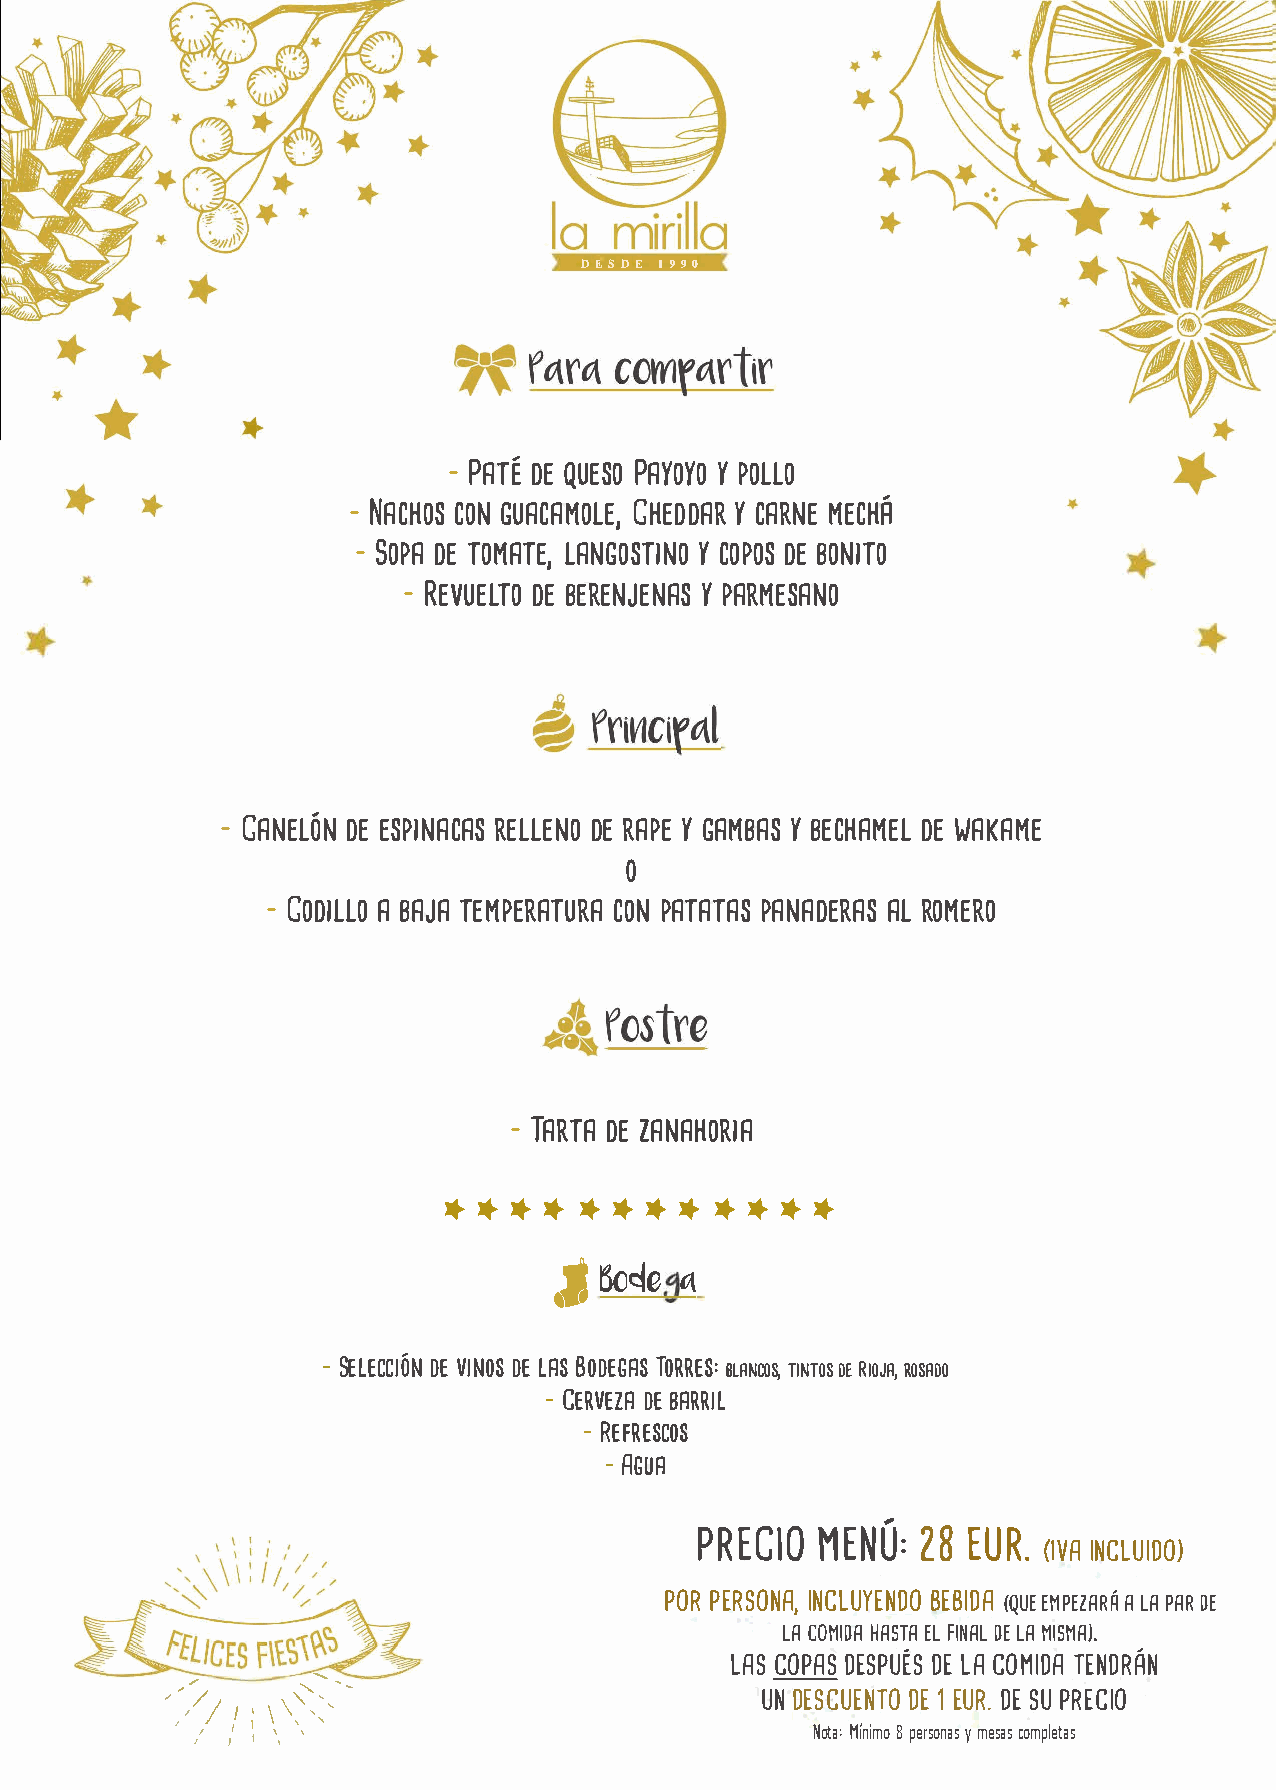
llt.Sllt 19�0
 -PADTEÉQ UEPSAOYY OP YOOL LO
 -NACCHOOGNSU  ACACMHOELDYECD ,AA RRMN EEC HÁ
 -SODPETA O MALTAEN,G  OYCS OTPIDONEBSO O NITO
 -REVTUODE EBL ERENYJP  EANRAMSE SANO
 -CANELEÓSNP     IDRNEEA LCLDAEERSN A YOPG E A MYBBA ESC HDAEWM AEKLA ME
 o
 -CODAIB  LALJOA    TECMOPPNEA RTAAPTTAUANRSAA DA ELRR OAMSE RO
 -TARTZAA    NDAEH  ORIA
 ************
 ,Í
 5o�e
 t\
 -SELDEVECI  CDNILEOÓAB SNDSO E TGOARSR ES:
 BLATNICNODTSERO, IS OR JOAS,A DO
 -CERDVBEEA  ZRAR IL
 -REFRESCOS
 -AGUA
 PREMCNEIÚO:E         U2R8.
 OVAI NCLUIDO)
 PORPE RS,IO NNCALBUEYBE(IQNEUDDMEAAPO RE A LÁZA P ADER
 LAC OMHIADSEA FTL AIADLN EL A M ISMA).
 LSAC POSAD ESDPLEUCA ÉO SM TIEDNAD RÁN
 -
 ".......' "
 /
 ,,, /,/
 / 1•\\
 ,'-                           UDNE   SCDU1EEE UNDRTSE.OPU R ECIO
 / /I J/ 1 1\
 1
 \ \ '                              No:t a M 8 ínpiemr os oynmae ssacsompletas